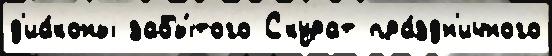
д'иа́коны забы́того Скурат пра́здн'ичного